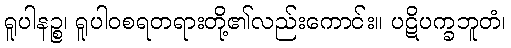
ရူပါနဉ္စ၊ ရူပါဝစရတရားတို့၏လည်းကောင်း။ ပဋိပက္ခဘူတံ၊